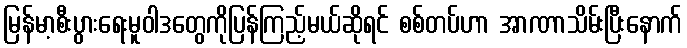
မြန်မာ့စီးပွားရေးမူဝါဒတွေကိုပြန်ကြည့်မယ်ဆိုရင် စစ်တပ်ဟာ အာဏာသိမ်းပြီးနောက်